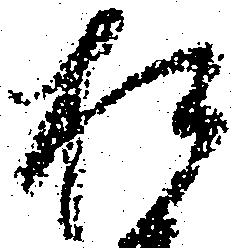
松